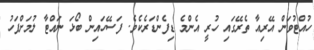
ހުއްޓުވަން އޭރިއާ ތެރޭގައި ހުރީ އެންމެ ޑިފެންޑަރެކެވެ. ފަސޭހައިން ބޯޅަ ނައްޓާ ލުމަށްފަހު